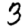
Digit: 3